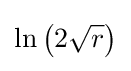
\ln \left(2{\sqrt {r}}\right)